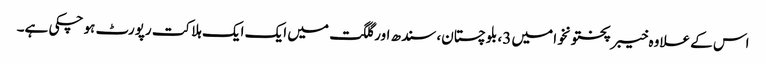
اس کے علاوہ خیبرپختونخوا میں 3، بلوچستان، سندھ اور گلگت میں ایک ایک ہلاکت رپورٹ ہو چکی ہے۔